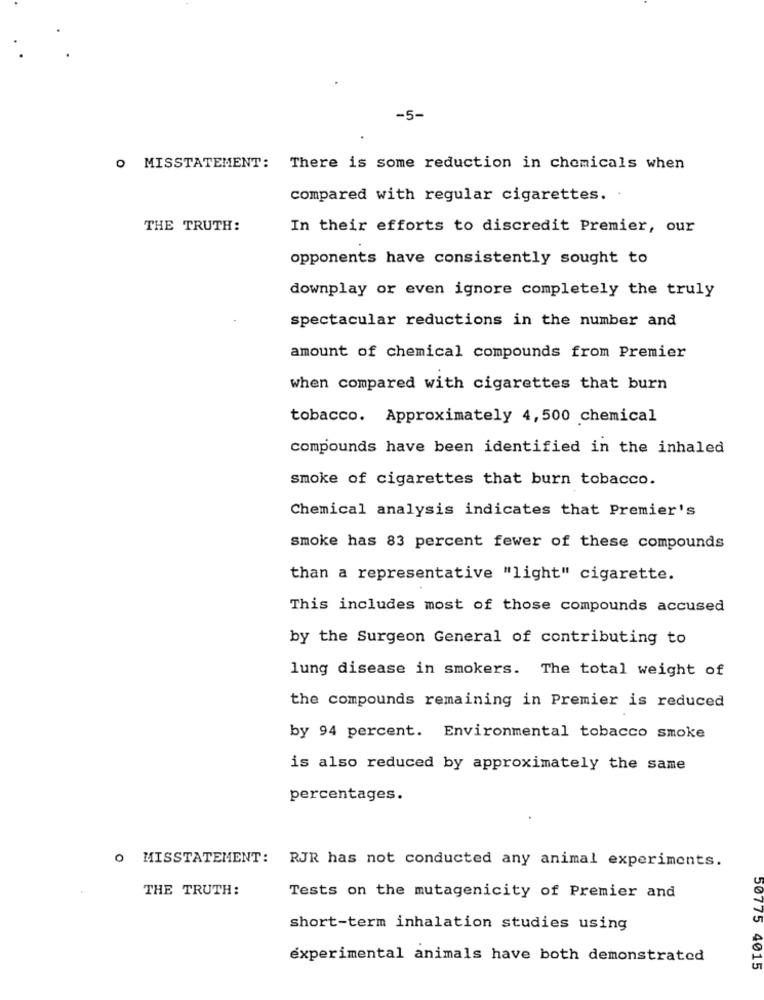
-5-
O MISSTATEMENT: There is some reduction in chemicals when
compared with regular cigarettes.
THE TRUTH:
In their efforts to discredit Premier, our
opponents have consistently sought to
downplay or even ignore completely the truly
spectacular reductions in the number and
amount of chemical compounds from Premier
when compared with cigarettes that burn
tobacco. Approximately 4,500 chemical
compounds have been identified in the inhaled
smoke of cigarettes that burn tobacco.
Chemical analysis indicates that Premier's
smoke has 83 percent fewer of these compounds
than a representative "light" cigarette.
This includes most of those compounds accused
by the Surgeon General of contributing to
lung disease in smokers. The total weight of
the compounds remaining in Premier is reduced
by 94 percent. Environmental tobacco smoke
is also reduced by approximately the same
percentages.
O MISSTATEMENT: RJR has not conducted any animal experiments.
THE TRUTH:
Tests on the mutagenicity of Premier and
short-term inhalation studies using
experimental animals have both demonstrated
50775 4015